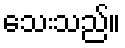
သေးသည်။